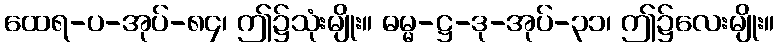
ထေရ-ပ-အုပ်-၈၄၊ ဤ၌သုံးမျိုး။ ဓမ္မ-ဋ္ဌ-ဒု-အုပ်-၃၁၊ ဤ၌လေးမျိုး။